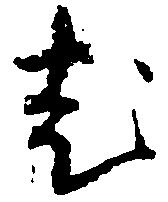
老